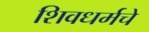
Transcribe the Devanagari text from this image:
शिवधर्मचे